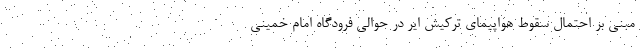
مبنی بر احتمال سقوط هواپیمای ترکیش ایر در حوالی فرودگاه امام خمینی